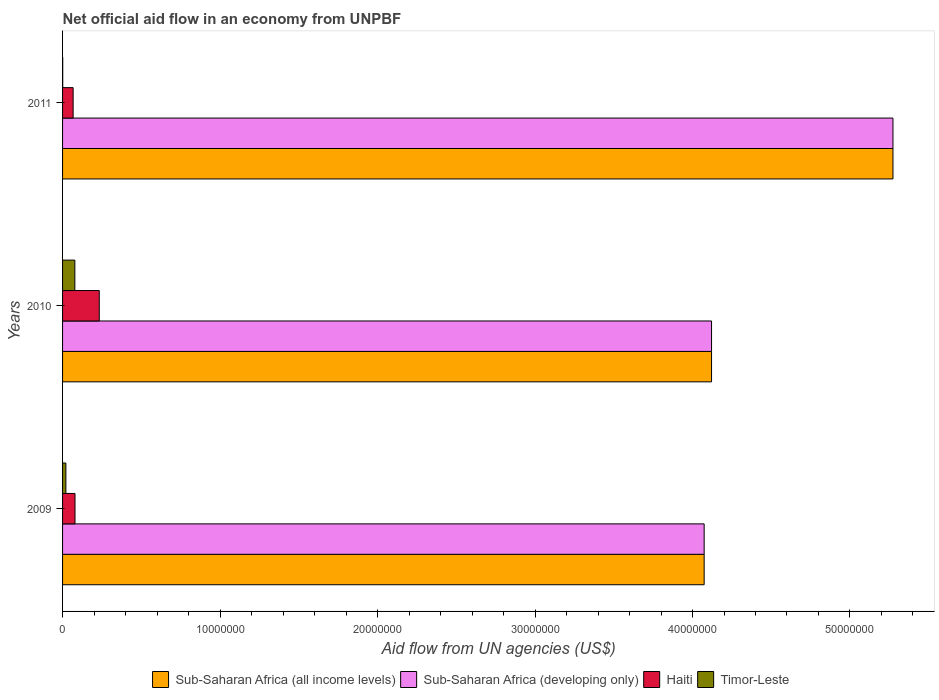
| Years | Sub-Saharan Africa (all income levels) | Sub-Saharan Africa (developing only) | Haiti | Timor-Leste |
 | --- | --- | --- | --- | --- |
 | 2009 | 4.07e+07 | 4.07e+07 | 7.9e+05 | 2.1e+05 |
 | 2010 | 4.12e+07 | 4.12e+07 | 2.33e+06 | 7.8e+05 |
 | 2011 | 5.27e+07 | 5.27e+07 | 6.7e+05 | 1e+04 |